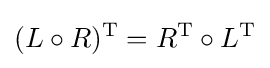
(L\circ R)^{\operatorname {T} }=R^{\operatorname {T} }\circ L^{\operatorname {T} }